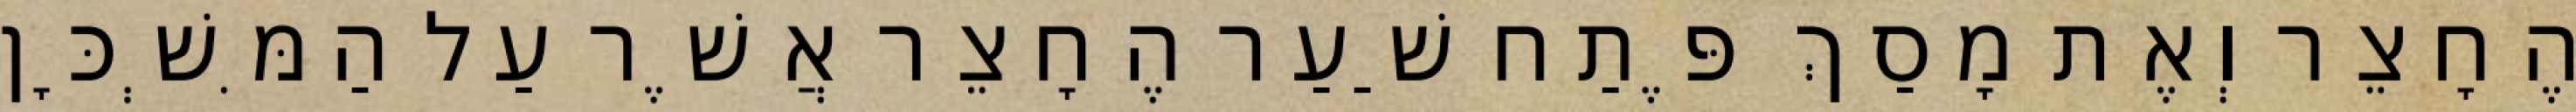
הֶחָצֵר וְאֶת מָסַךְ פֶּתַח שַׁעַר הֶחָצֵר אֲשֶׁר עַל הַמִּשְׁכָּן